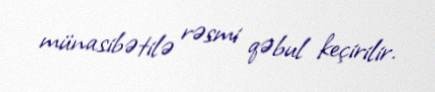
münasibətilə rəsmi qəbul keçirilir.